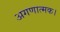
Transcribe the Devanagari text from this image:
अगणात्मक।